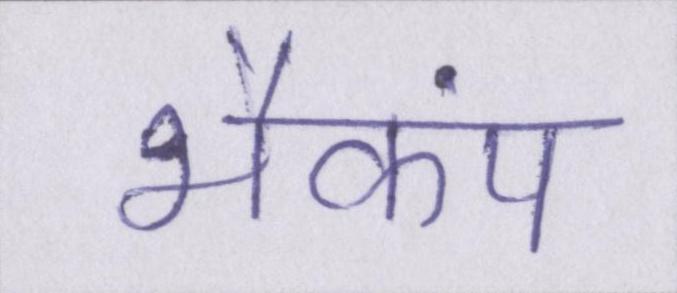
भैकंप